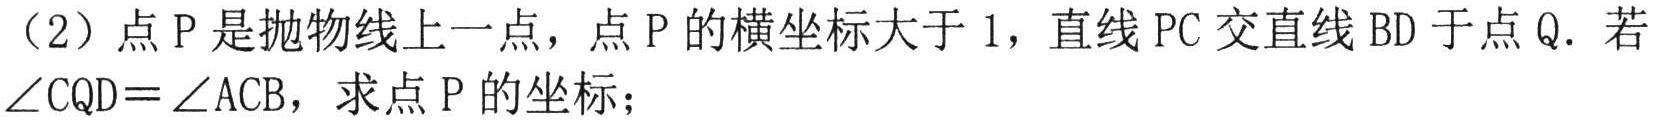
（2）点\(P\)是抛物线上一点，点\(P\)的横坐标大于\(1\)，直线\(PC\)交直线\(BD\)于点\(Q\). 若\(\angle CQD=\angle ACB\)，求点\(P\)的坐标；